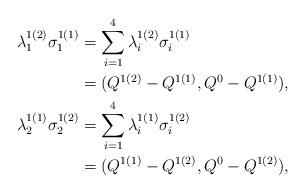
LaTeX: \begin{align*}\lambda^{1(2)}_1\sigma^{1(1)}_1&=\sum_{i=1}^4\lambda^{1(2)}_i\sigma^{1(1)}_i\\&=(Q^{1(2)}-Q^{1(1)},Q^0-Q^{1(1)}),\\\lambda^{1(1)}_2\sigma^{1(2)}_2&=\sum_{i=1}^4\lambda^{1(1)}_i\sigma^{1(2)}_i\\&=(Q^{1(1)}-Q^{1(2)},Q^0-Q^{1(2)}),\end{align*}